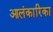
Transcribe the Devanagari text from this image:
आलंकारिका